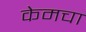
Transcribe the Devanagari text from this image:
केमचा